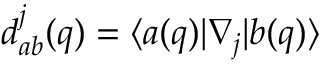
d _ { a b } ^ { j } ( q ) = \langle a ( q ) | \nabla _ { j } | b ( q ) \rangle